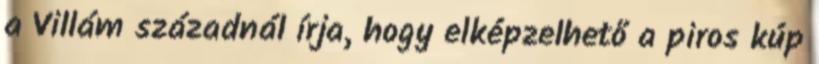
a Villám századnál írja, hogy elképzelhető a piros kúp